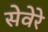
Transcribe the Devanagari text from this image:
सेवेरे